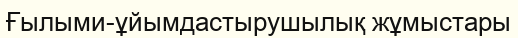
Ғылыми-ұйымдастырушылық жұмыстары